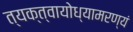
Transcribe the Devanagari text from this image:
त्यक्त्वायोध्यामरण्यं